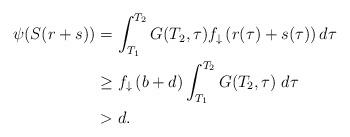
LaTeX: \begin{align*}\psi(S(r+s))&=\int^{T_2}_{T_1}G(T_2,\tau)f_\downarrow\left(r(\tau)+s(\tau)\right)d\tau\\&\ge f_\downarrow\left(b+d\right)\int^{T_2}_{T_1} G(T_2,\tau)\;d\tau\\&>d.\end{align*}